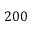
2 0 0